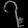
Digit: ၇